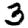
Digit: 3